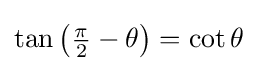
\tan \left({\tfrac {\pi }{2}}-\theta \right)=\cot \theta